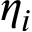
\eta _ { i }